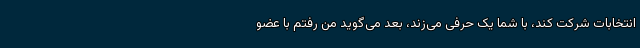
انتخابات شرکت کند، با شما یک حرفی می‌زند، بعد می‌گوید من رفتم با عضو